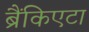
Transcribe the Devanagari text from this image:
ब्रैंकिएटा